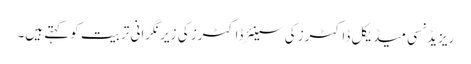
ریزیڈنسی میڈیکل ڈاکٹرز کی سینئر ڈاکٹرز کی زیر نگرانی تربیت کو کہتے ہیں۔